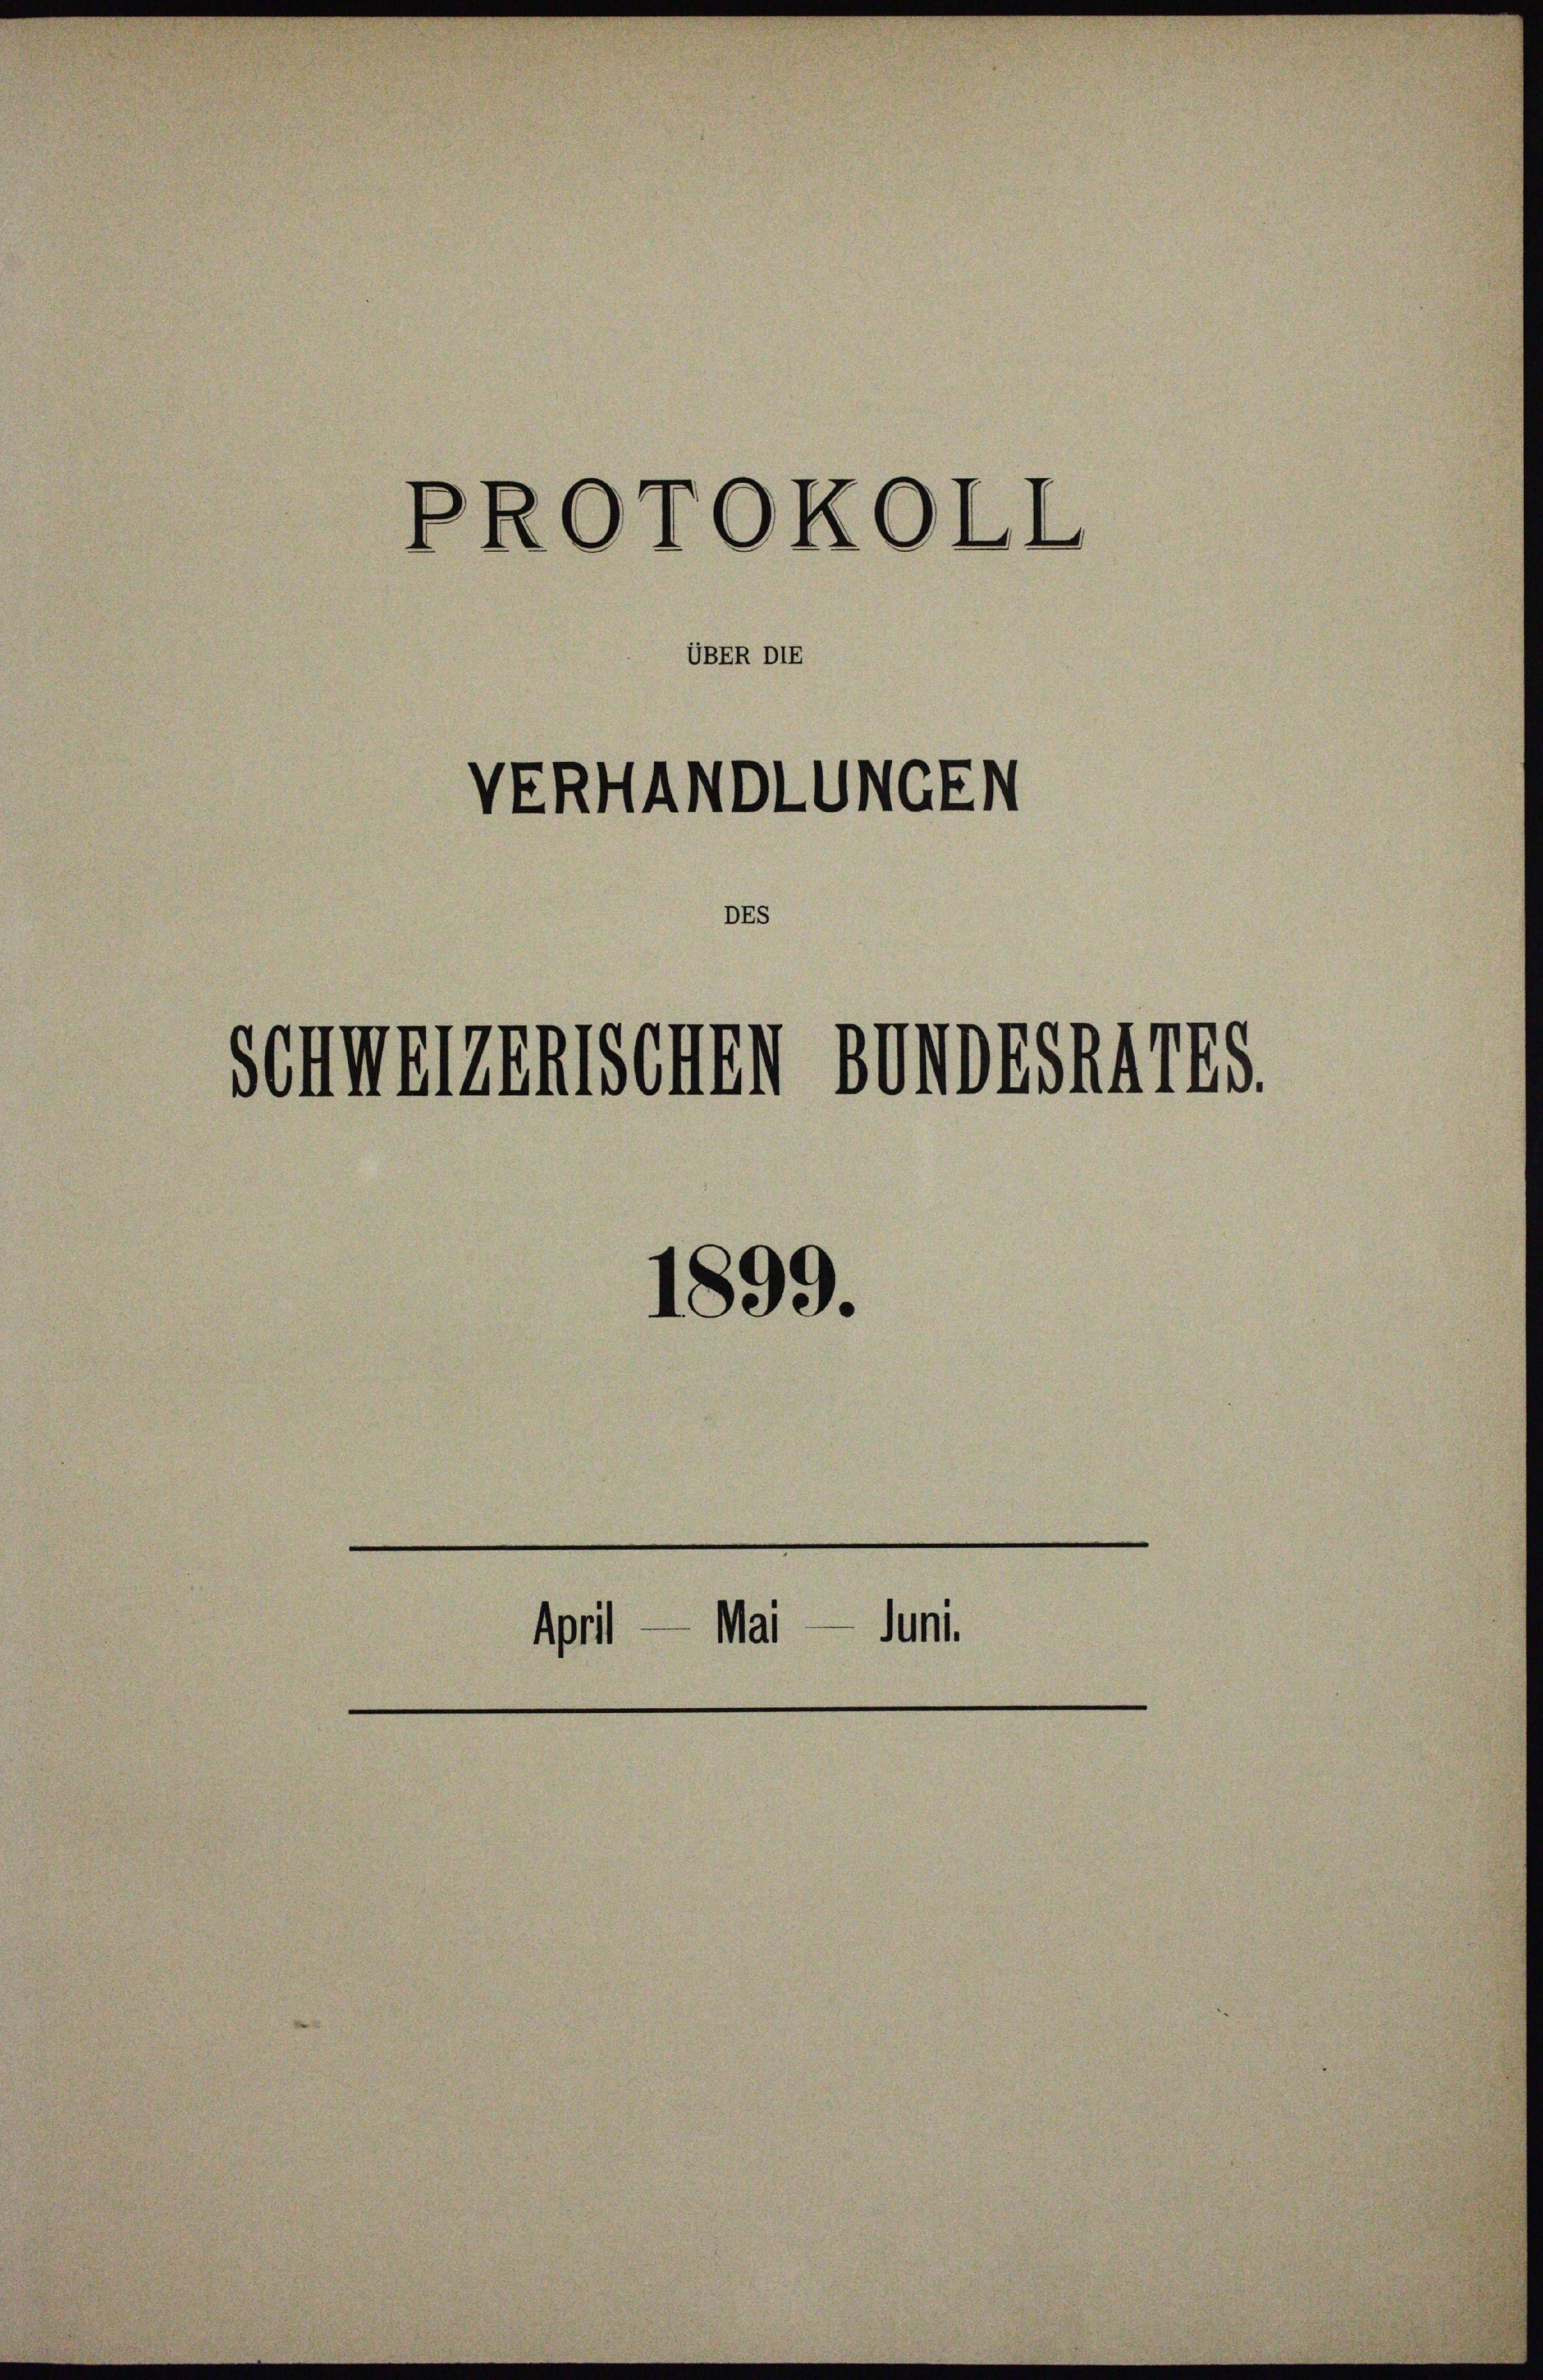
PROTOKOLL

VERHANDLUNGEN
DES

Schweigenschen SonESAATES.

April — Mai

UBER DIE

1899.

Juni